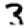
Digit: 3